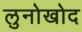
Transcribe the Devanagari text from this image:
लुनोखोद